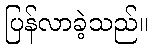
ပြန်လာခဲ့သည်။